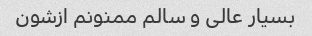
بسیار عالی و سالم ممنونم ازشون